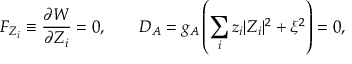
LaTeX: F _ { Z _ { i } } \equiv \frac { \partial W } { \partial Z _ { i } } = 0 , \qquad D _ { A } = g _ { A } \left( \sum _ { i } z _ { i } | Z _ { i } | ^ { 2 } + \xi ^ { 2 } \right) = 0 ,